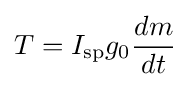
T=I_{\mathrm {sp} }g_{\mathrm {0} }{\frac {dm}{dt}}